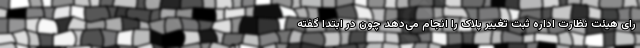
رای هیئت نظارت اداره ثبت تغییر پلاک را انجام می‌دهد چون در ابتدا گفته